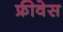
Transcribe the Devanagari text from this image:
फ्रीवेस